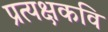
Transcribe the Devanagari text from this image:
प्रत्यक्षकवि